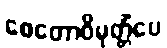
စေတောဝိမုတ္တိံပေ